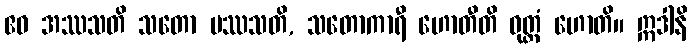
ဧဝ အဿသတိ သတော ပဿသတိ, သတောကာရီ ဟောတီတိ ဝုတ္တံ ဟောတိ။ ဣဒါနိ